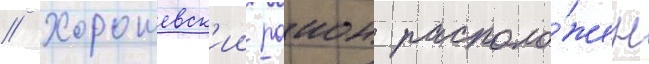
// Хорошевск'ии раион располо́жен